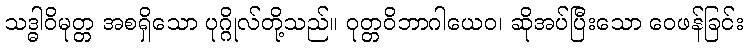
သဒ္ဓါဝိမုတ္တ အစရှိသော ပုဂ္ဂိုလ်တို့သည်။ ဝုတ္တဝိဘာဂါယေဝ၊ ဆိုအပ်ပြီးသော ဝေဖန်ခြင်း